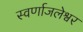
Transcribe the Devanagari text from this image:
स्वर्णाजलेश्वर